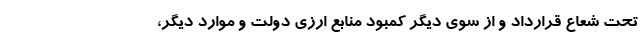
تحت شعاع قرارداد و از سوی دیگر کمبود منابع ارزی دولت و موارد دیگر،